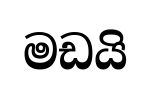
මඩයි